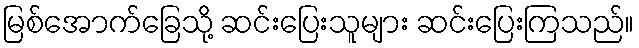
မြစ်အောက်ခြေသို့ ဆင်းပြေးသူများ ဆင်းပြေးကြသည်။